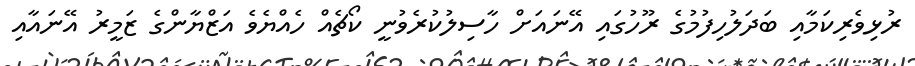
ރުޅިވެރިކަމާއި ބަދަލުހިފުމުގެ ރޫހުގައި އޭނައަށް ހާސިލުކުރެވުނީ ކޯޗެއް ހެއްޔެވެ އަޒްޔާންގެ ޒަމީރު އޭނައާއި